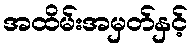
အထိမ်းအမှတ်နှင့်